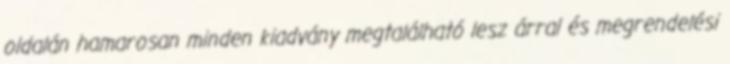
oldalán hamarosan minden kiadvány megtalálható lesz árral és megrendelési